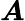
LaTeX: \boldsymbol{A}